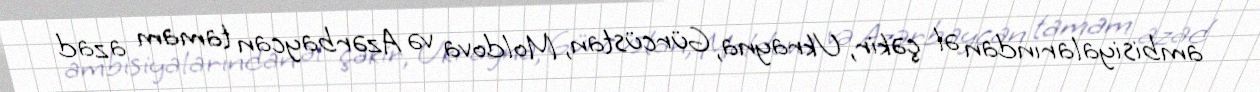
ambisiyalarından əl çəkir, Ukrayna, Gürcüstan, Moldova və Azərbaycan tamam azad